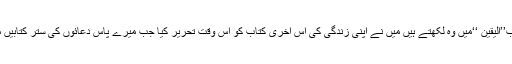
ایک اور کتاب’’الیقین ‘‘میں وہ لکھتے ہیں میں نے اپنی زندگی کی اس آخری کتاب کو اس وقت تحریر کیا جب میرے پاس دعائوں کی ستر کتابیں موجود تھیں ۔